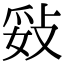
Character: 𢼻